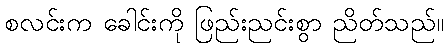
စလင်းက ခေါင်းကို ဖြည်းညင်းစွာ ညိတ်သည်။